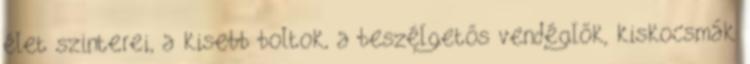
élet szinterei, a kisebb boltok, a beszélgetős vendéglők, kiskocsmák